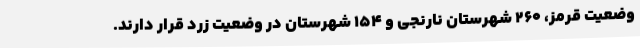
وضعیت قرمز، 260 شهرستان نارنجی و 154 شهرستان در وضعیت زرد قرار دارند.